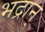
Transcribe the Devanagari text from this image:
भद्रान्